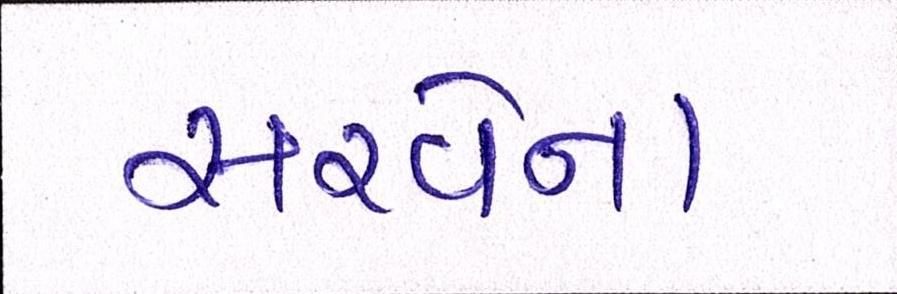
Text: સરવેના